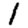
Digit: 1